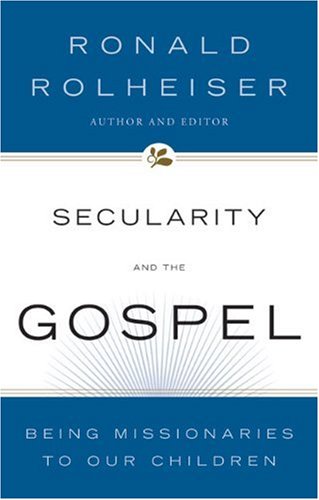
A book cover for Secularity and the Gospel: Being Missionaries to Our Children; Ronald Rolheiser; Christian Books & Bibles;